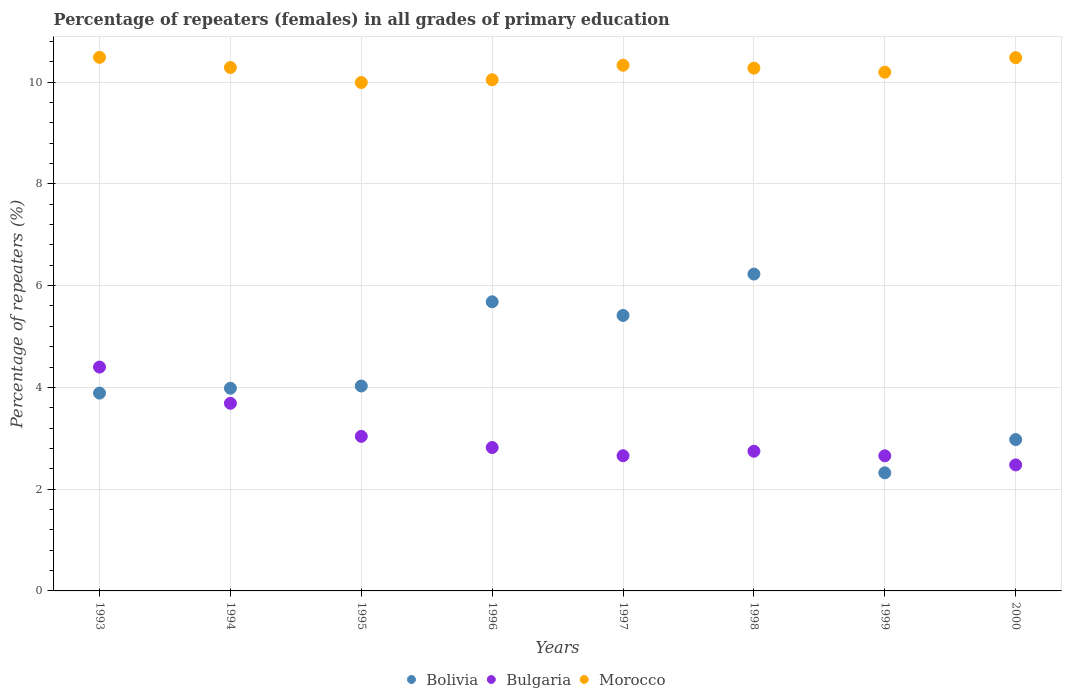
| Years | Bolivia | Bulgaria | Morocco |
 | --- | --- | --- | --- |
 | 1993 | 3.89 | 4.4 | 10.5 |
 | 1994 | 3.98 | 3.69 | 10.3 |
 | 1995 | 4.03 | 3.04 | 9.99 |
 | 1996 | 5.68 | 2.82 | 10 |
 | 1997 | 5.41 | 2.66 | 10.3 |
 | 1998 | 6.23 | 2.74 | 10.3 |
 | 1999 | 2.32 | 2.66 | 10.2 |
 | 2000 | 2.97 | 2.48 | 10.5 |